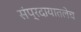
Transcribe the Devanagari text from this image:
संप्रदायातलेच